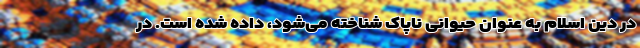
در دین اسلام به عنوان حیوانی ناپاک شناخته می‌شود، داده شده است. در